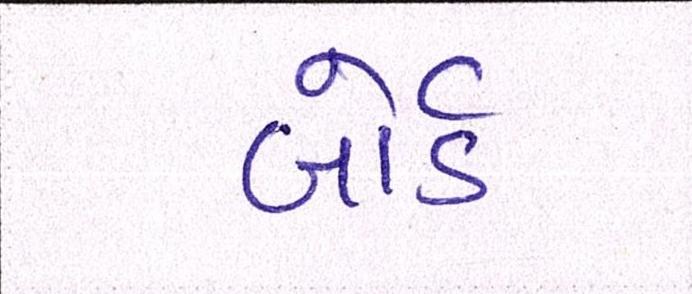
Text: બોર્ડ